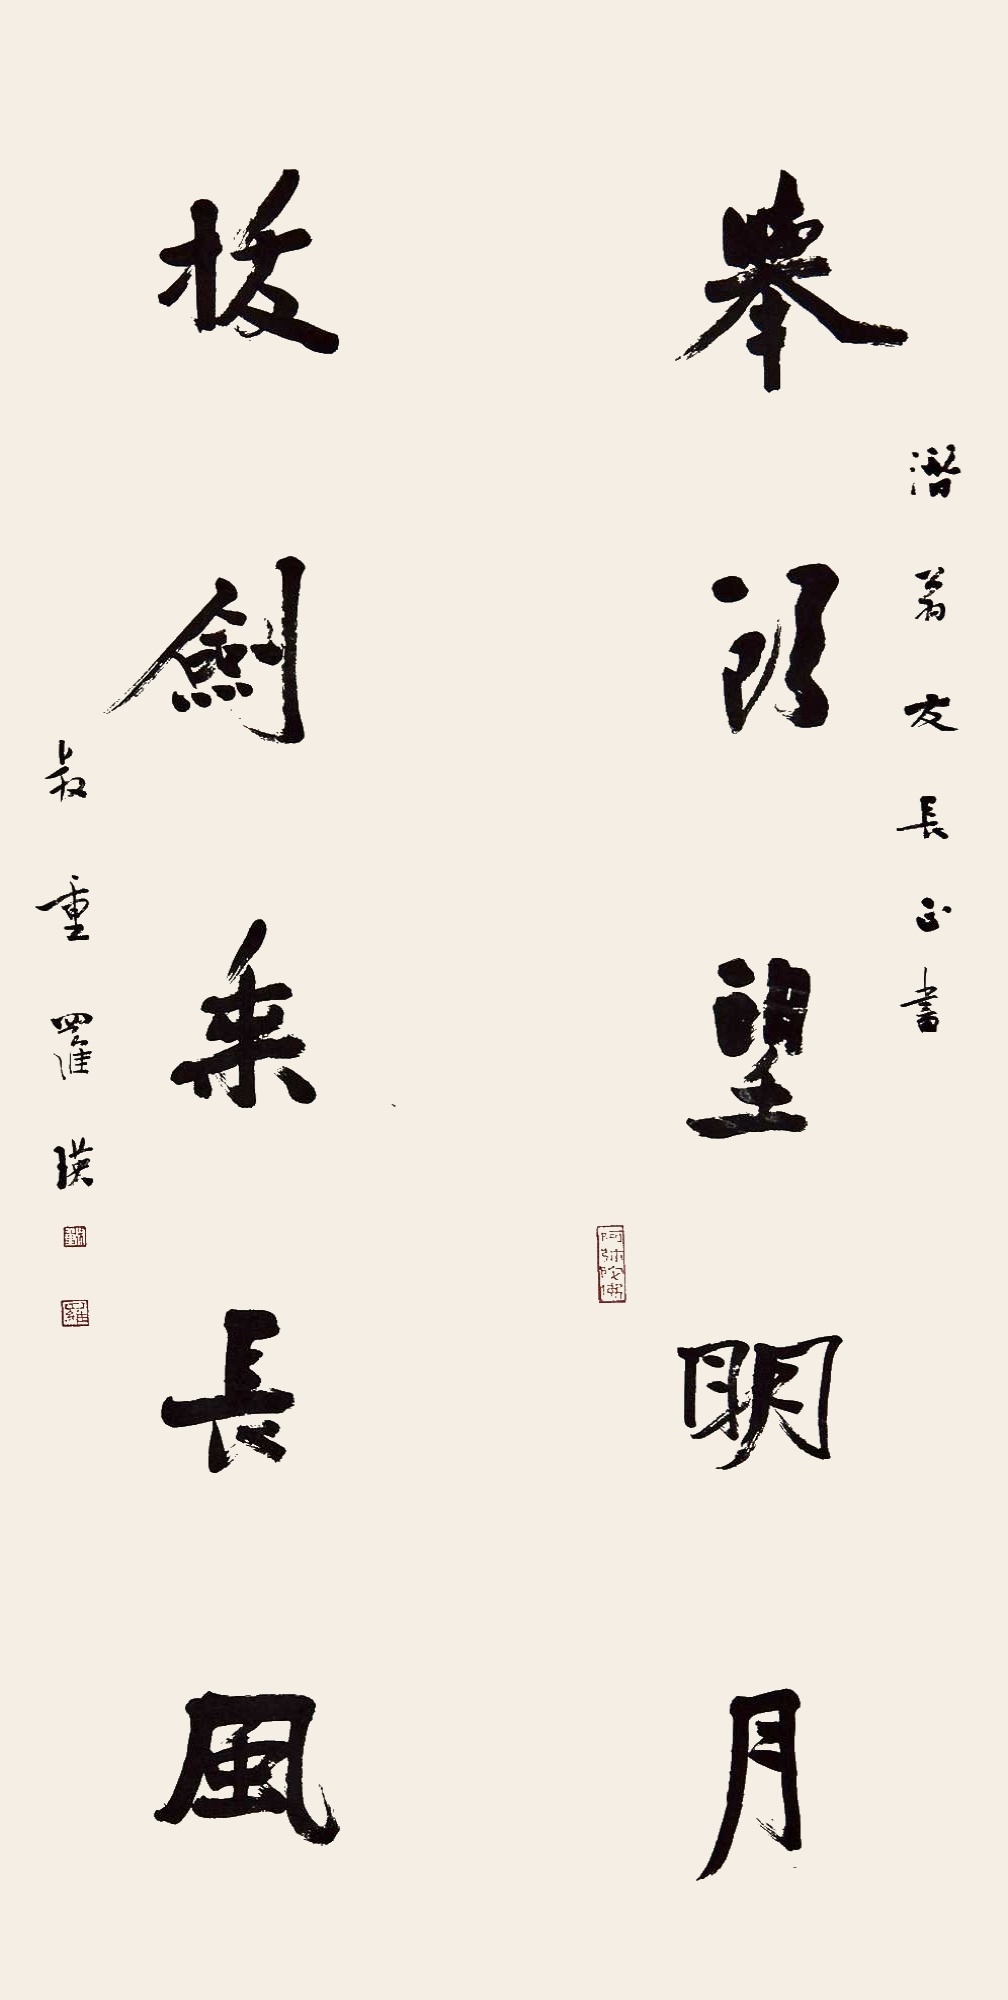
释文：举头望明月，拔剑乘长风。潜翁友长正书，叔重罗瑛。